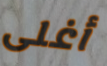
أغلى